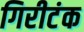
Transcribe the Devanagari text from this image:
गिरीटंक